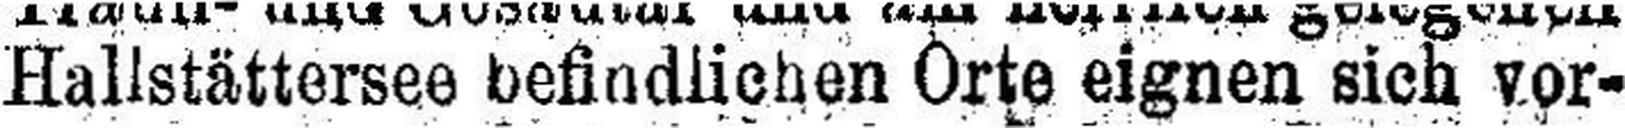
Hallstättersee befindlichen Orte eignen sich vor¬